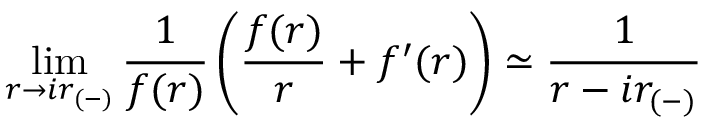
\operatorname * { l i m } _ { r \rightarrow i r _ { ( - ) } } { \frac { 1 } { f ( r ) } } \left( { \frac { f ( r ) } { r } } + f ^ { \prime } ( r ) \right) \simeq { \frac { 1 } { r - i r _ { ( - ) } } }